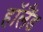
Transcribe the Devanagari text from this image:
हाॅलैंड